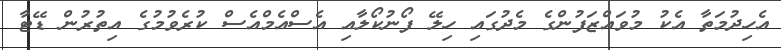
އެހިދުމަތާ އެކު މުވައްޒަފުންގެ މެދުގައި ހިލޭ ފޯނުކޯލާއި އެސްއެމްއެސް ކުރެވުމުގެ އިތުރުން ޑޭޓާ